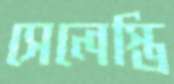
সেলেস্তি